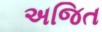
અજિત